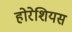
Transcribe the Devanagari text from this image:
होरेशियस